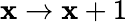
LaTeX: \mathbf{x}\rightarrow\mathbf{x}+1